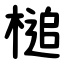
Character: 槌